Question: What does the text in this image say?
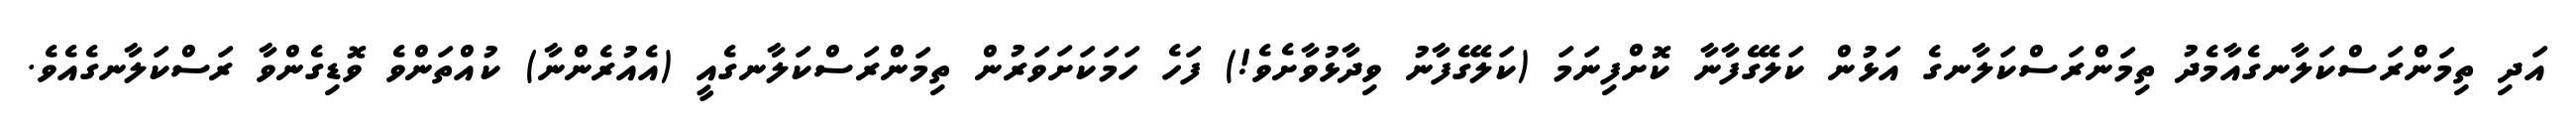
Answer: އަދި ތިމަންރަސްކަލާނގެއާމެދު ތިމަންރަސްކަލާނގެ އަޅުން ކަލޭގެފާނާ ކޮށްފިނަމަ (ކަލޭގެފާނު ވިދާޅުވާށެވެ!) ފަހެ ހަމަކަށަވަރުން ތިމަންރަސްކަލާނގެއީ (އެއުރެންނާ) ކުއްތަންވެ ވޮޑިގެންވާ ރަސްކަލާނގެއެވެ.